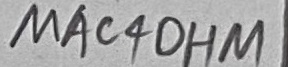
Text: MAC4OHM